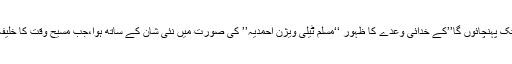
اسی مسجد فضل لندن سے ‘‘میں تیری تبلیغ کو زمین کے کناروں تک پہنچائوں گا’’کے خدائی وعدے کا ظہور ‘‘مسلم ٹیلی ویژن احمدیہ’’ کی صورت میں نئی شان کے ساتھ ہوا،جب مسیح وقت کا خلیفہ نظارہ و آواز کے ساتھ قریہ قریہ،شہر شہر اور ملک ملک پہنچا۔